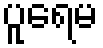
ပူရေမ